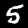
Label: 5